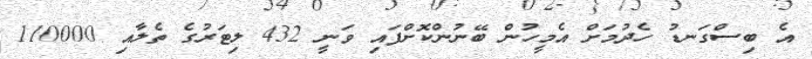
އެ ބިސްގަނޑު ހެދުމަށް އެމީހުން ބޭނުންކޮށްފައި ވަނީ 432 ލިޓަރުގެ ތެލާއި 110000